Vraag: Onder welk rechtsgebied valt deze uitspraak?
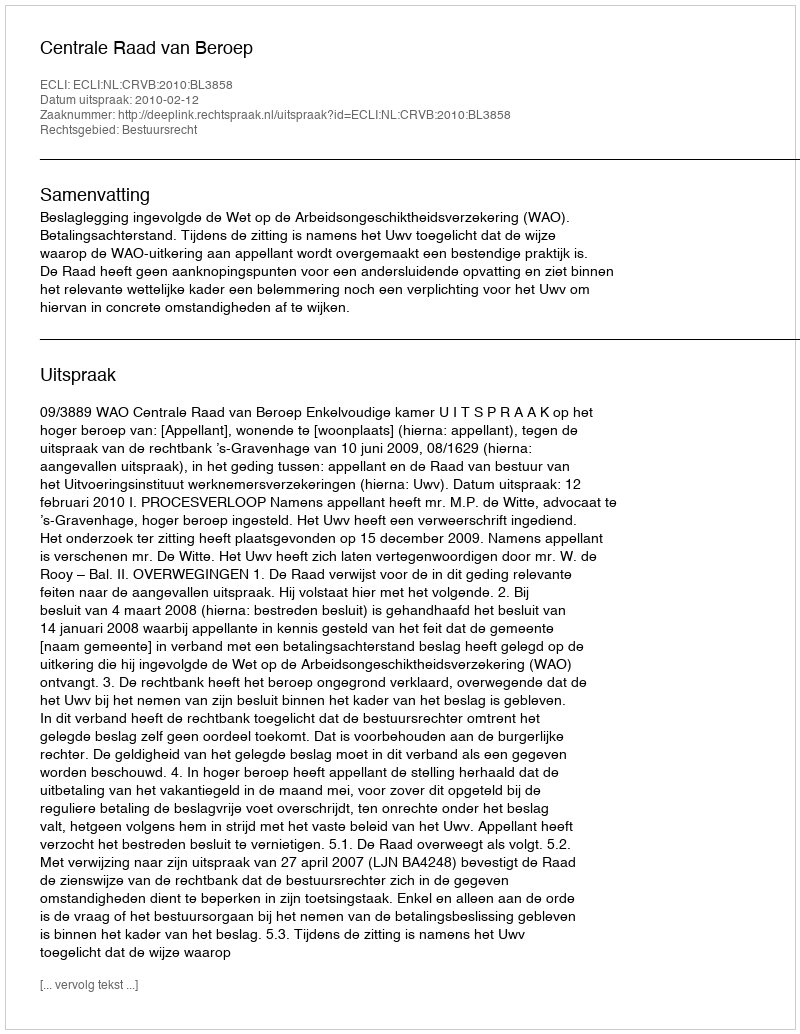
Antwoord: Bestuursrecht